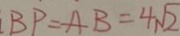
B P = A B = 4 \sqrt { 2 }